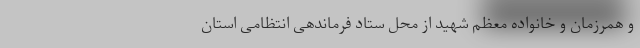
و همرزمان و خانواده معظم شهید از محل ستاد فرماندهی انتظامی استان